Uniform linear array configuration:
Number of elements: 32
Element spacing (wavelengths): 1
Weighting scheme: kaiser
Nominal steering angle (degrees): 15
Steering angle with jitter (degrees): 13.52
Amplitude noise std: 0.05
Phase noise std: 0.05

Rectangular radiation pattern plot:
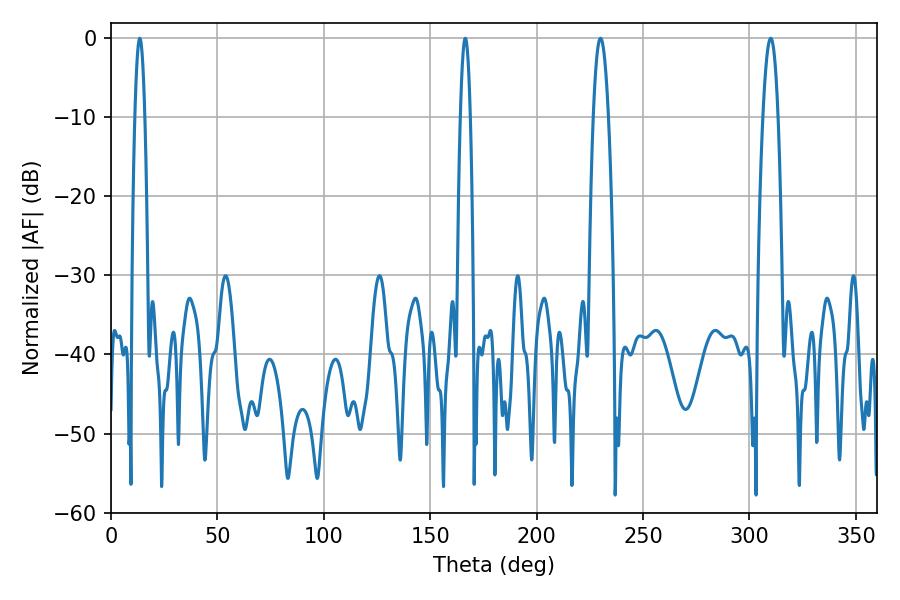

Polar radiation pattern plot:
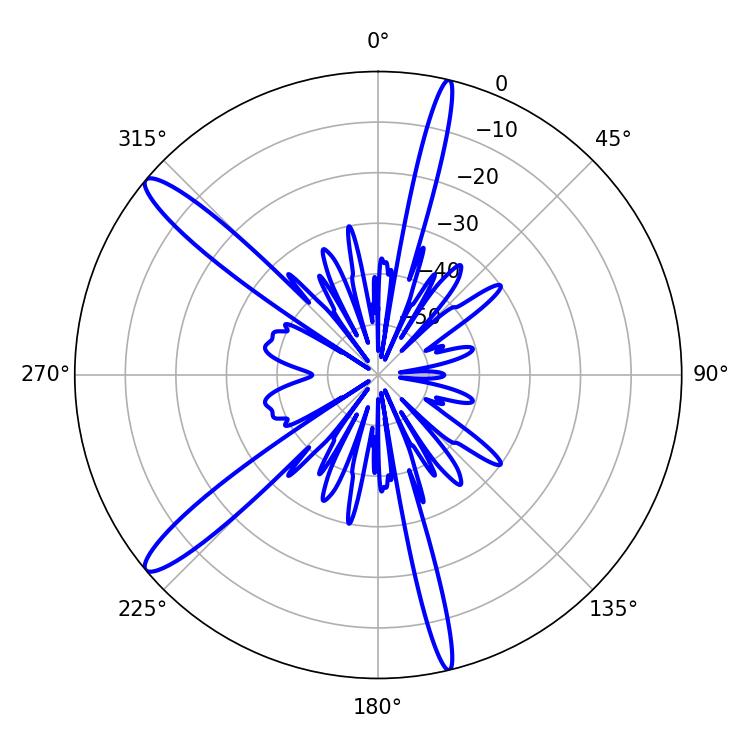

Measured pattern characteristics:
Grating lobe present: TRUE
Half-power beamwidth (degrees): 3.96
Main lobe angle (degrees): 230.04